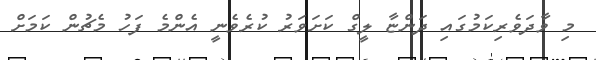
މި ވާދަވެރިކަމުގައި ދަންޏާ ލީގް ކަށަވަރު ކުރެވެނީ އެންމެ ފަހު މެޗުން ކަމަށް